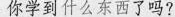
你学到什么东西了吗?